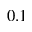
0 . 1